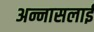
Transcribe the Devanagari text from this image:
अन्नासलाई